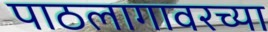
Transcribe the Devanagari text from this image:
पाठलागावरच्या